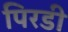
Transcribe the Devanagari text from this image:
पिरडी